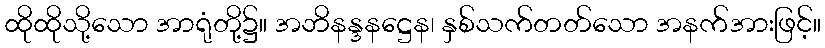
ထိုထိုသို့သော အာရုံတို့၌။ အဘိနန္ဒနဋ္ဌေန၊ နှစ်သက်တတ်သော အနက်အားဖြင့်။